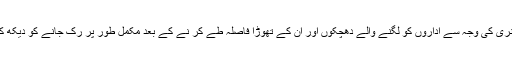
آج آزاد ہو تا تو پوری ریاست کی خراب مشینری کی وجہ سے اداروں کو لگنے والے دھچکوں اور ان کے تھوڑا فاصلہ طے کر نے کے بعد مکمل طور پر رک جانے کو دیکھ کر سوچتا اچھا ہوا قائد اعظم جلدی چلے گئے ۔